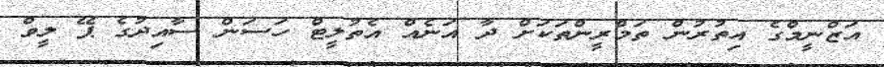
އަޒްނީމްގެ އިތުރުން ތަމްރީންތަކަށް ދާ އަނެއް އެތުލީޓް ހަސަން ސާއިދުގެ ޕޭ ލީވް